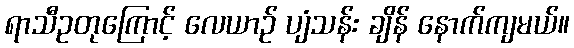
ရာသီဥတုကြောင့် လေယာဉ် ပျံသန်း ချိန် နောက်ကျမယ်။